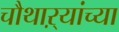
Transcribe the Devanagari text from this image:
चौथाऱ्यांच्या